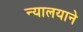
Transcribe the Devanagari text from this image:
न्यालयाने